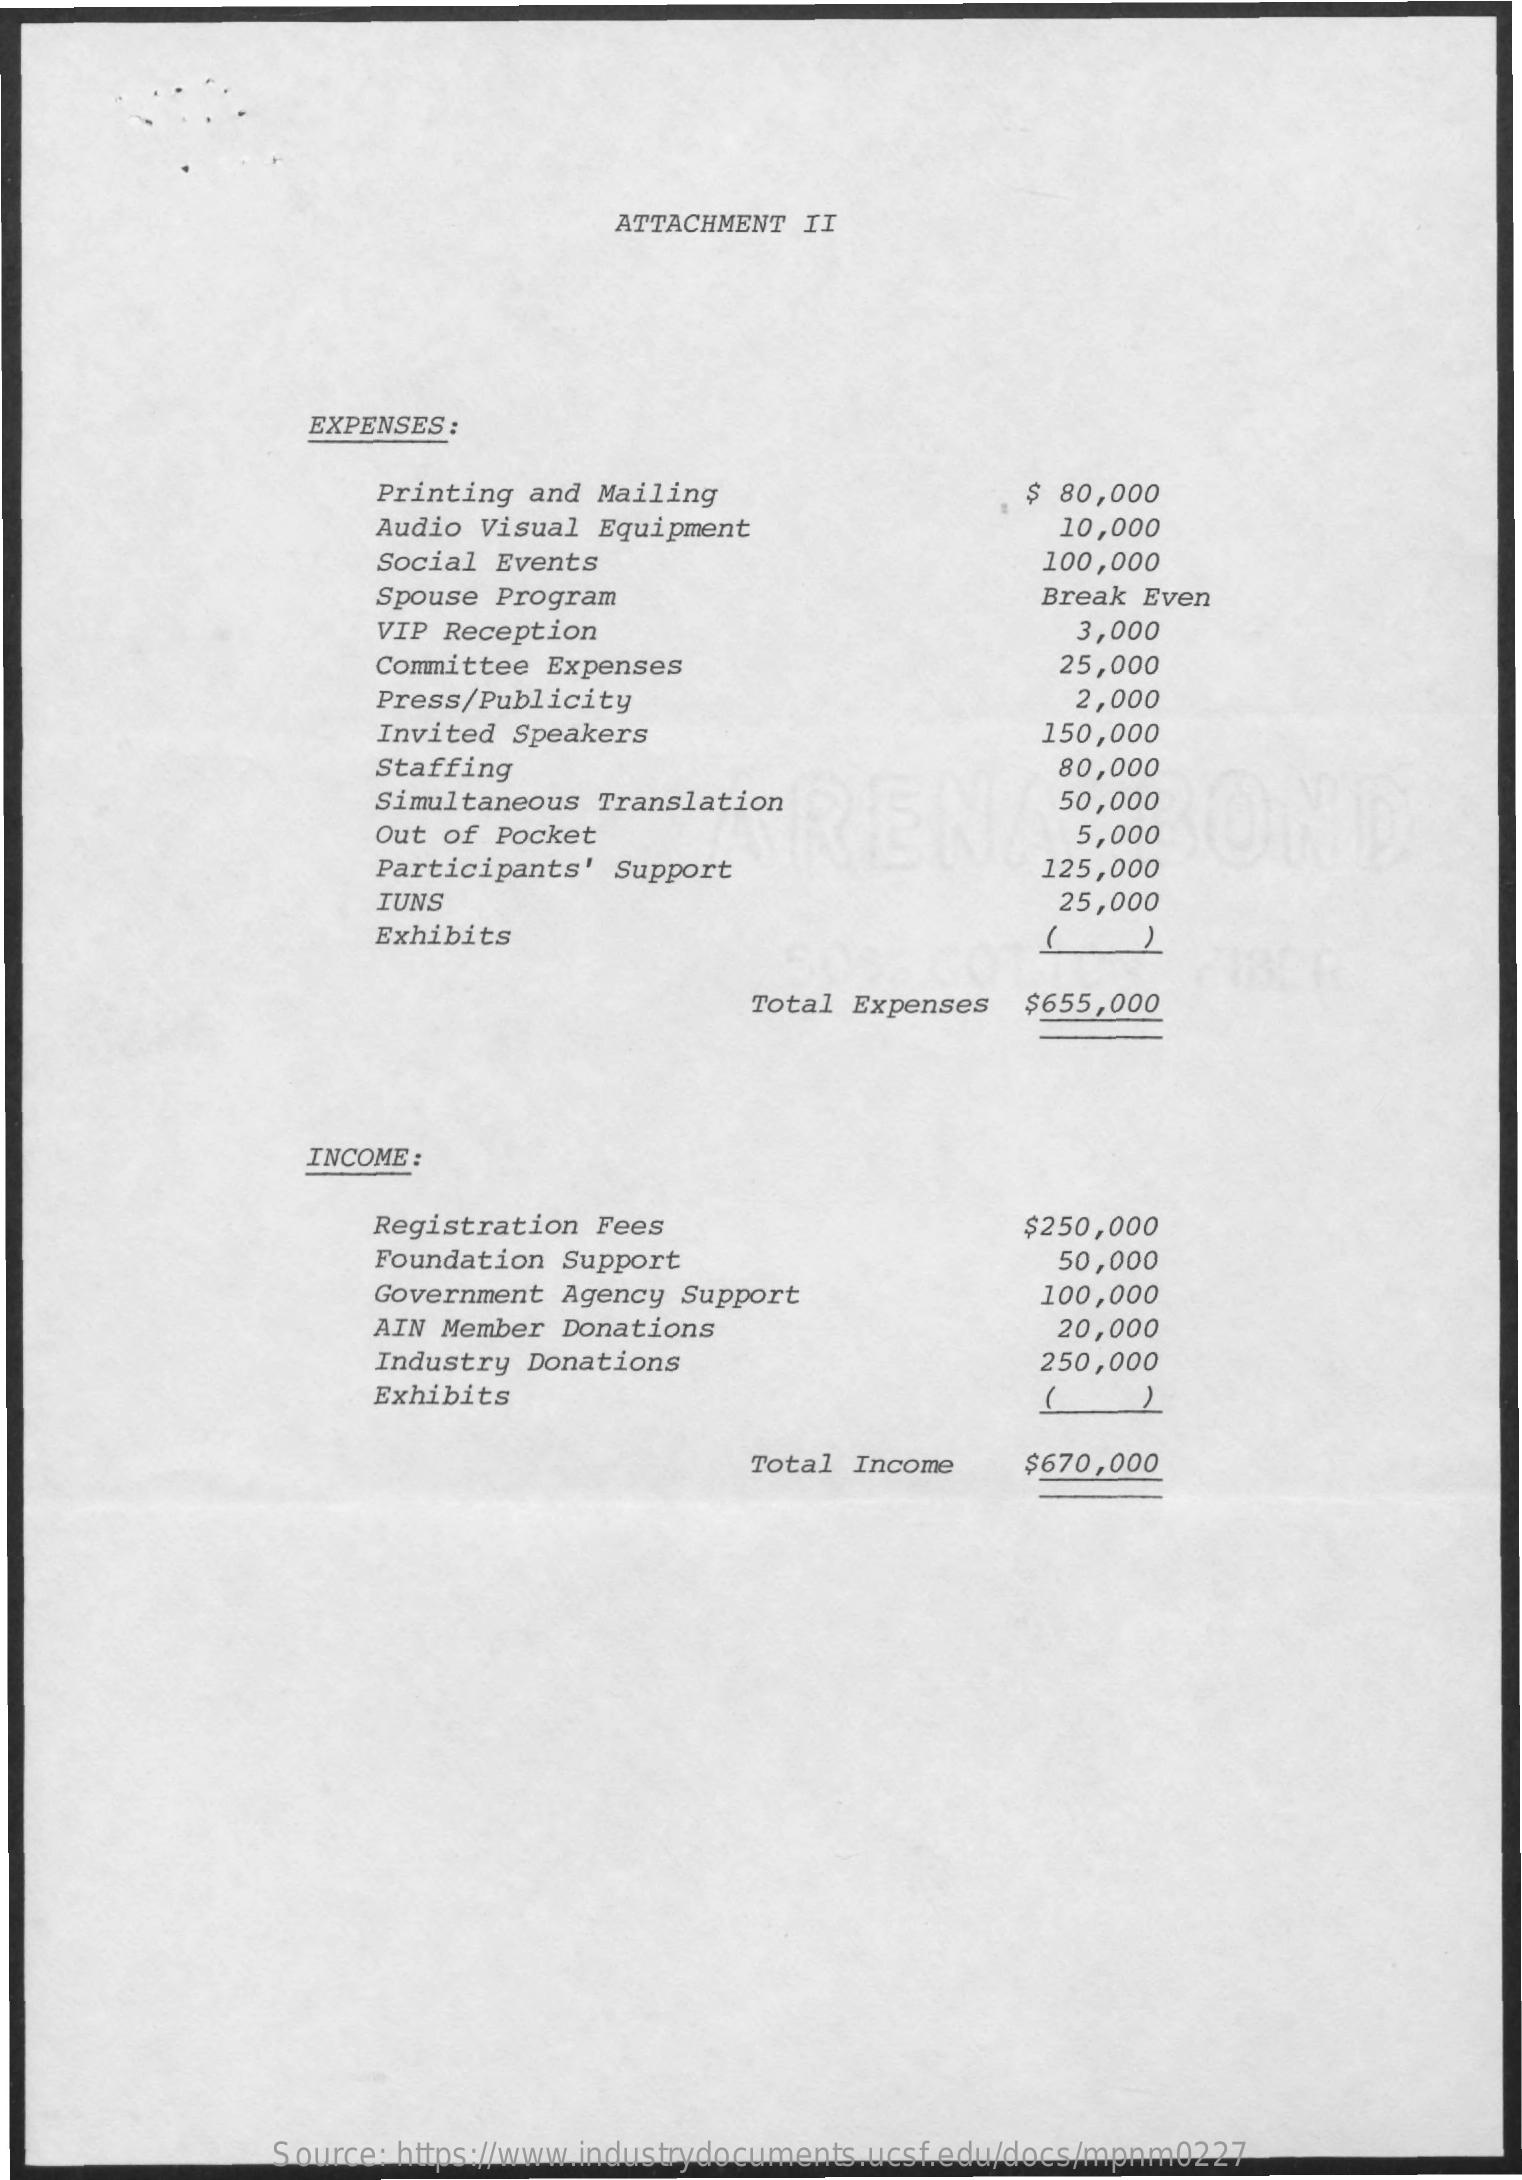
ATTACHMENT  II
     EXPENSES :
     Printing and Mailing    $ 80,000
     Audio Visual Equipment    10,000
     Social Events    100,000
     Spouse Program    Break Even
     VIP Reception    3,000
     Committee Expenses    25,000
     Press/Publicity    2,000
     Invited Speakers    150,000
     Staffing    80,000
     Simultaneous Translation    50,000
     Out of Pocket    5,000
     Participants' Support    125,000
     IUNS    25,000
     Exhibits
     Total Expenses  $655,000
     INCOME:
     Registration Fees    $250,000
     Foundation Support    50,000
     Government Agency Support    100,000
     AIN Member Donations    20,000
     Industry Donations    250,000
     Exhibits
     Total Income    $670,000
     Source: https://www.industrydocuments.ucsf.edu/docs/mpnm0227